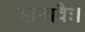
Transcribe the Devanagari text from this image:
बान्धवैः।